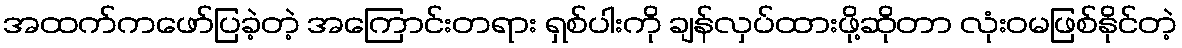
အထက်ကဖော်ပြခဲ့တဲ့ အကြောင်းတရား ရှစ်ပါးကို ချန်လှပ်ထားဖို့ဆိုတာ လုံးဝမဖြစ်နိုင်တဲ့